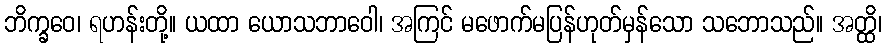
ဘိက္ခဝေ၊ ရဟန်းတို့။ ယထာ ယောသဘာဝေါ၊ အကြင် မဖောက်မပြန်ဟုတ်မှန်သော သဘောသည်။ အတ္ထိ၊